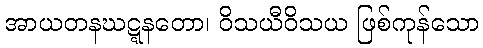
အာယတနဃဋ္ဋနတော၊ ဝိသယီဝိသယ ဖြစ်ကုန်သော